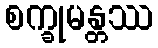
စက္ခုမန္တဿ